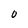
Character: O